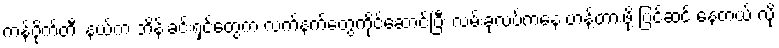
ကန်ပိုက်တီး နယ်က ဘိန်းခင်းရှင်တွေက လက်နက်တွေကိုင်ဆောင်ပြီး လမ်းခုလပ်ကနေ ဟန့်တားဖို့ ပြင်ဆင် နေတယ် လို့